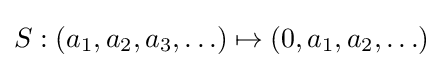
S:(a_{1},a_{2},a_{3},\ldots )\mapsto (0,a_{1},a_{2},\ldots )